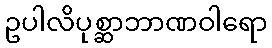
ဥပါလိပုစ္ဆာဘာဏဝါရော